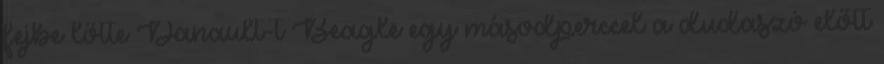
fejbe lőtte Danault-t Beagle egy másodperccel a dudaszó előtt